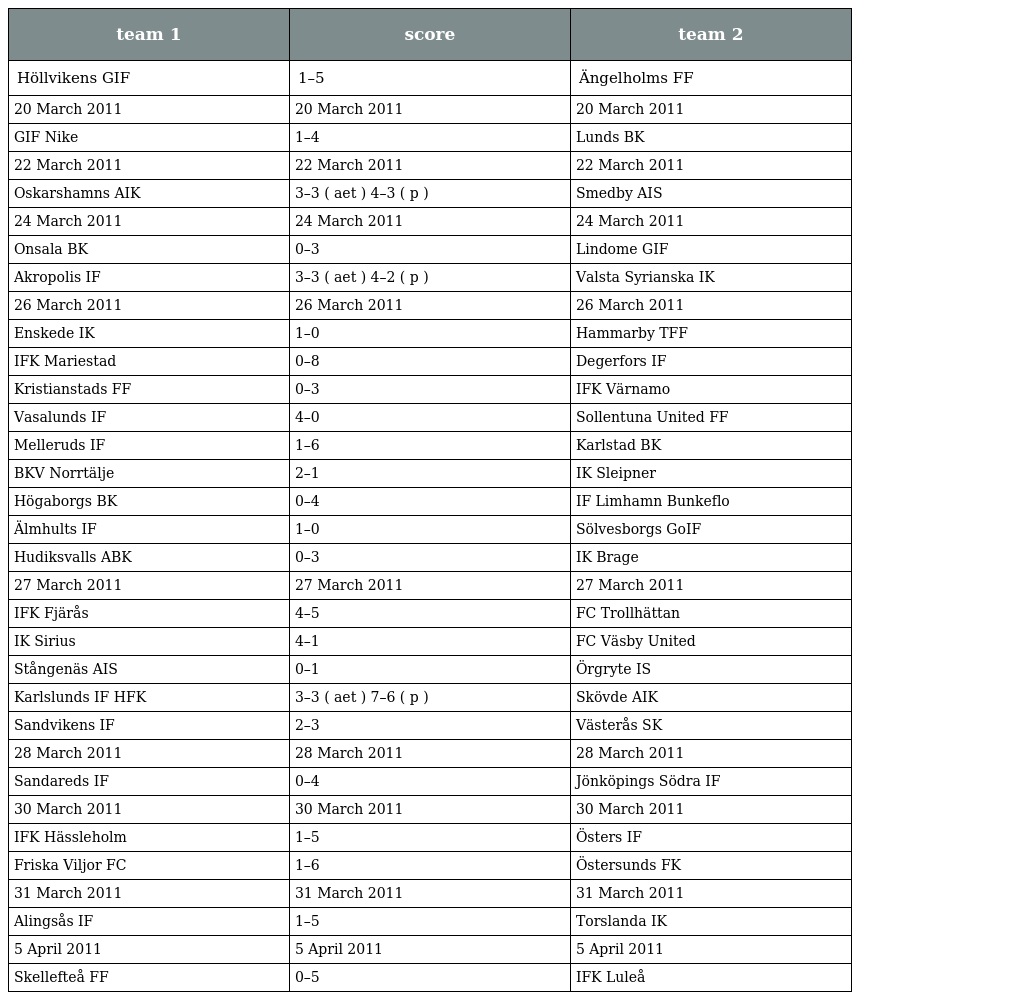
| team 1 | score | team 2 |
 | --- | --- | --- |
 | Höllvikens GIF | 1–5 | Ängelholms FF |
 | 20 March 2011 | 20 March 2011 | 20 March 2011 |
 | GIF Nike | 1–4 | Lunds BK |
 | 22 March 2011 | 22 March 2011 | 22 March 2011 |
 | Oskarshamns AIK | 3–3 ( aet ) 4–3 ( p ) | Smedby AIS |
 | 24 March 2011 | 24 March 2011 | 24 March 2011 |
 | Onsala BK | 0–3 | Lindome GIF |
 | Akropolis IF | 3–3 ( aet ) 4–2 ( p ) | Valsta Syrianska IK |
 | 26 March 2011 | 26 March 2011 | 26 March 2011 |
 | Enskede IK | 1–0 | Hammarby TFF |
 | IFK Mariestad | 0–8 | Degerfors IF |
 | Kristianstads FF | 0–3 | IFK Värnamo |
 | Vasalunds IF | 4–0 | Sollentuna United FF |
 | Melleruds IF | 1–6 | Karlstad BK |
 | BKV Norrtälje | 2–1 | IK Sleipner |
 | Högaborgs BK | 0–4 | IF Limhamn Bunkeflo |
 | Älmhults IF | 1–0 | Sölvesborgs GoIF |
 | Hudiksvalls ABK | 0–3 | IK Brage |
 | 27 March 2011 | 27 March 2011 | 27 March 2011 |
 | IFK Fjärås | 4–5 | FC Trollhättan |
 | IK Sirius | 4–1 | FC Väsby United |
 | Stångenäs AIS | 0–1 | Örgryte IS |
 | Karlslunds IF HFK | 3–3 ( aet ) 7–6 ( p ) | Skövde AIK |
 | Sandvikens IF | 2–3 | Västerås SK |
 | 28 March 2011 | 28 March 2011 | 28 March 2011 |
 | Sandareds IF | 0–4 | Jönköpings Södra IF |
 | 30 March 2011 | 30 March 2011 | 30 March 2011 |
 | IFK Hässleholm | 1–5 | Östers IF |
 | Friska Viljor FC | 1–6 | Östersunds FK |
 | 31 March 2011 | 31 March 2011 | 31 March 2011 |
 | Alingsås IF | 1–5 | Torslanda IK |
 | 5 April 2011 | 5 April 2011 | 5 April 2011 |
 | Skellefteå FF | 0–5 | IFK Luleå |